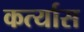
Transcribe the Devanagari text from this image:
कर्त्यास